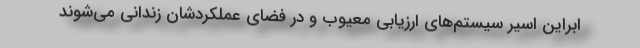
ابراین اسیر سیستم‌های ارزیابی معیوب و در فضای عملکردشان زندانی می‌شوند